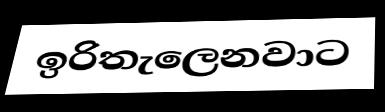
ඉරිතැලෙනවාට